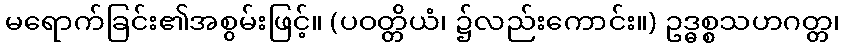
မရောက်ခြင်း၏အစွမ်းဖြင့်။ (ပဝတ္တိယံ၊ ၌လည်းကောင်း။) ဥဒ္ဓစ္စသဟဂတ္တ၊